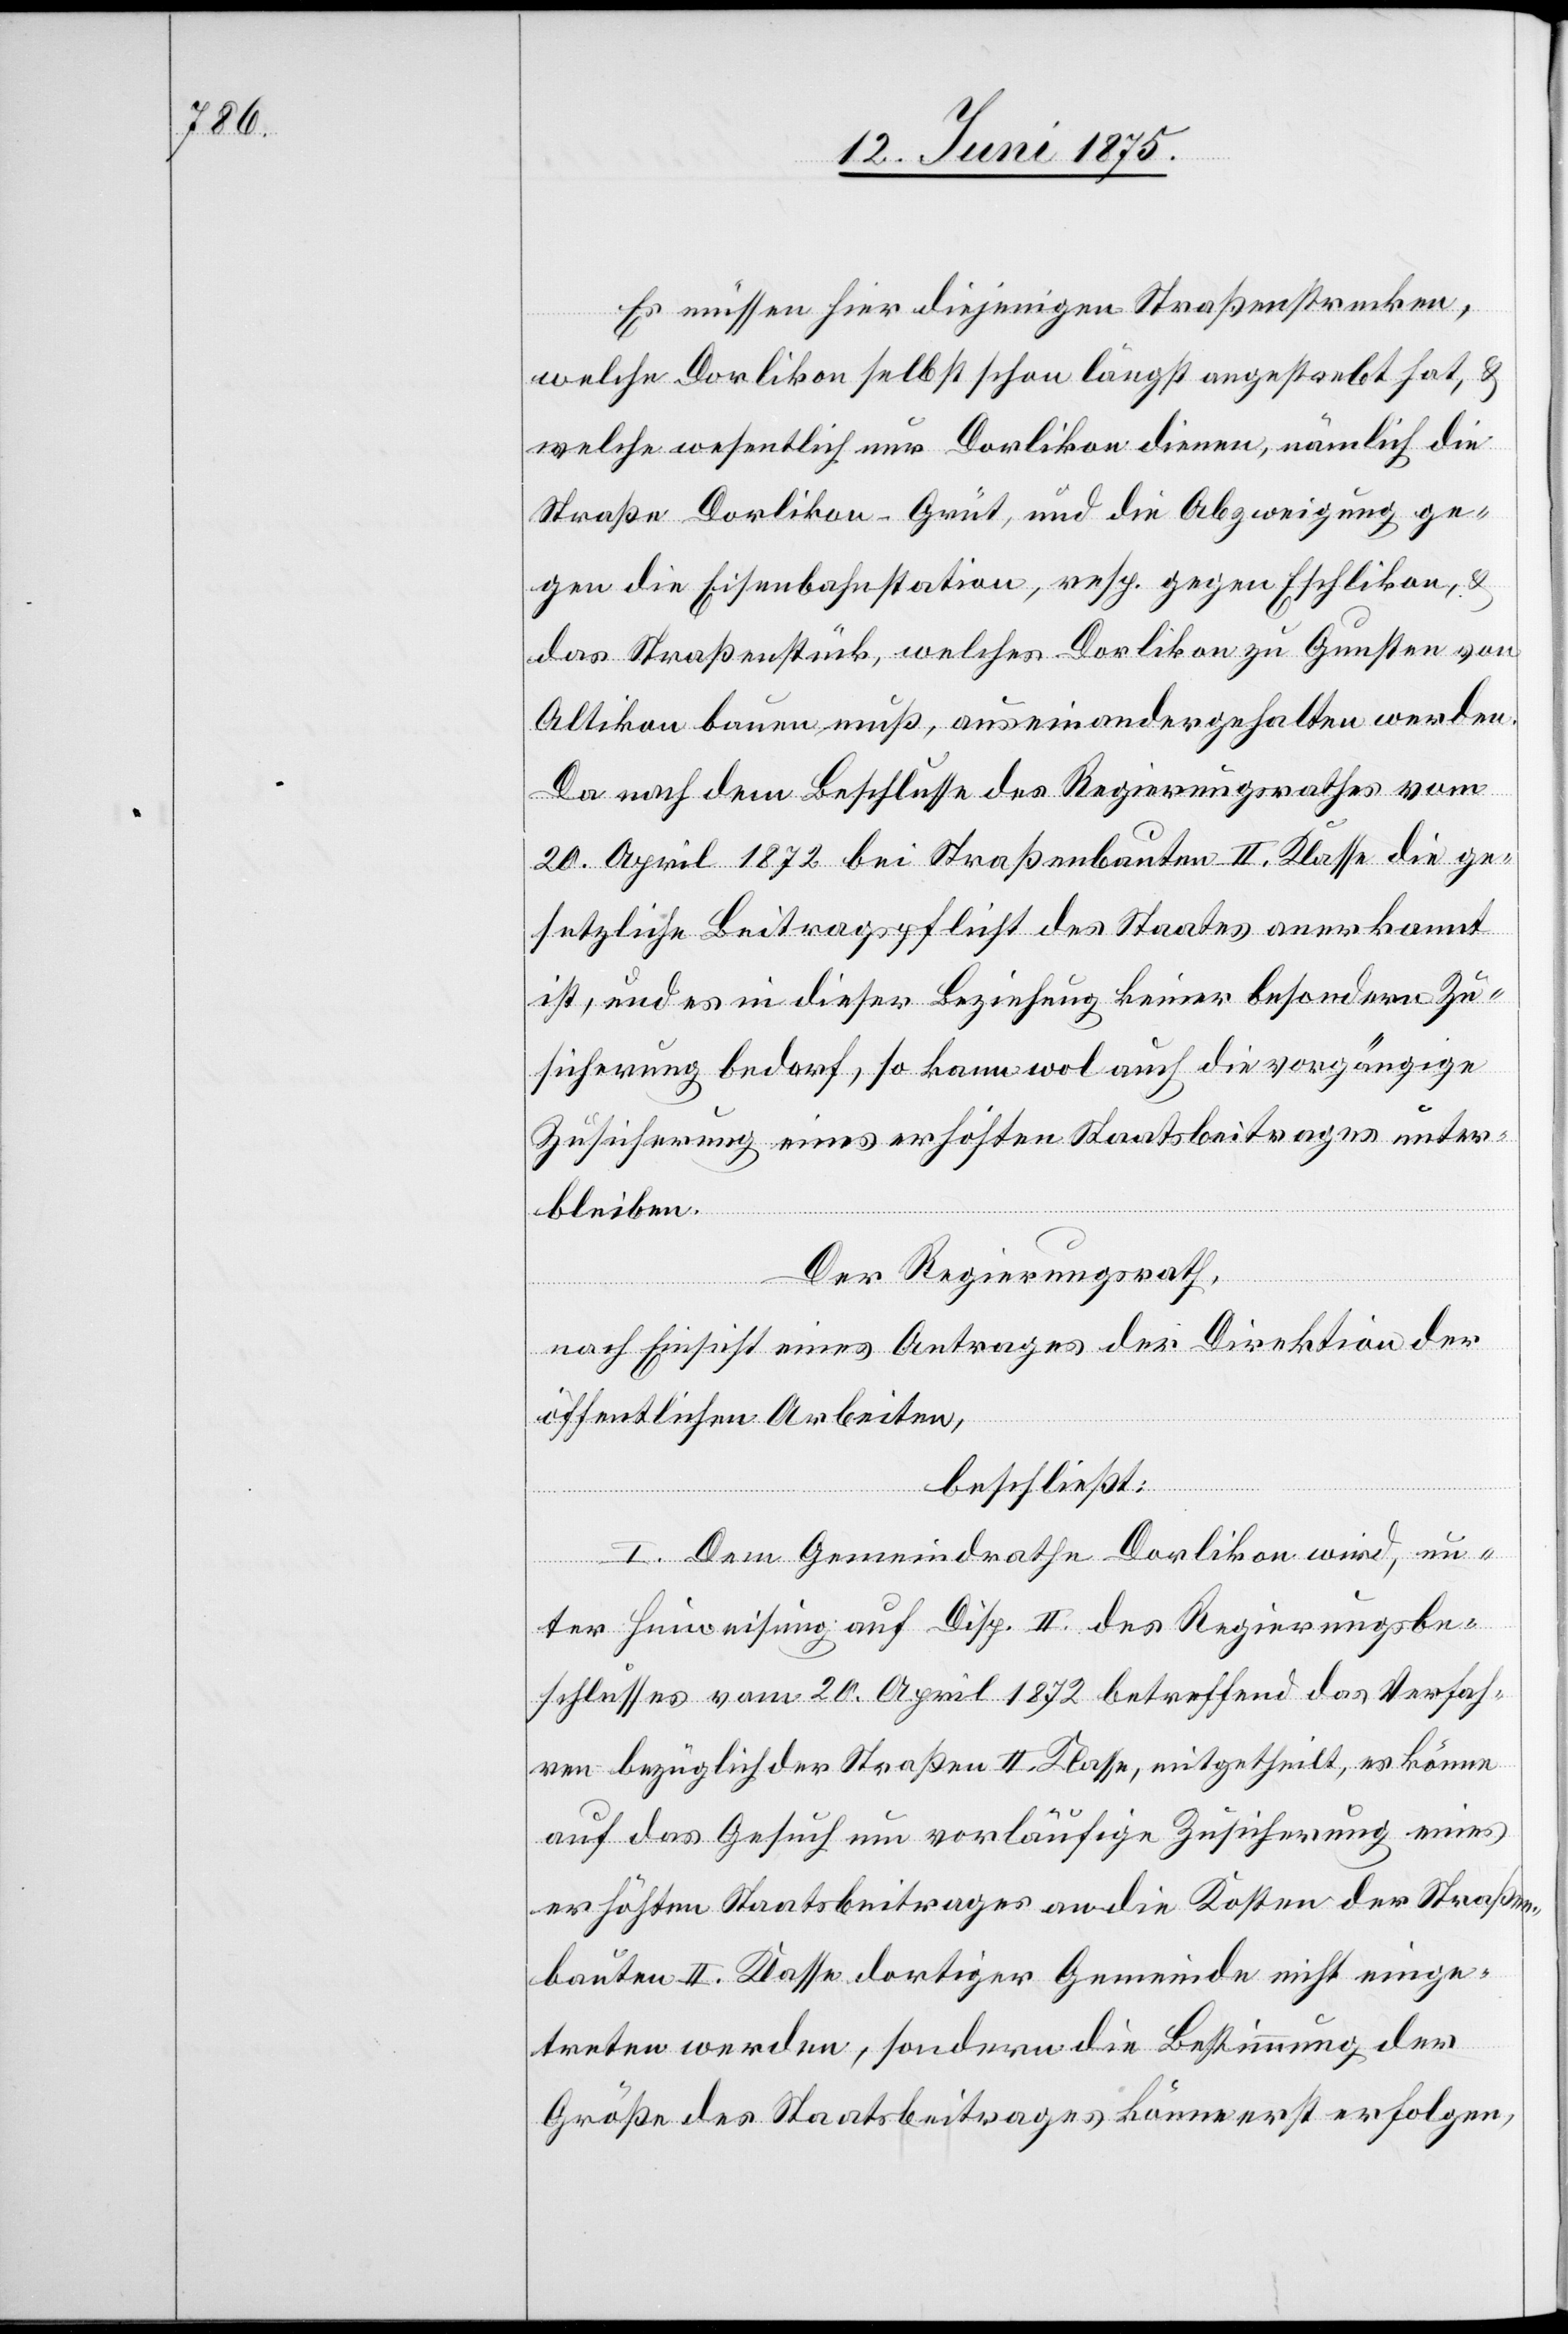
Es müssen hier diejenigen Straßenstrecken,
welche Dorlikon selbst schon längst angestrebt hat, &
welche wesentlich nur Dorlikon dienen, nämlich die
Straße Dorlikon–Grüt, und die Abzweigung ge¬
gen die Eisenbahnstation, resp. gegen Eschlikon, &
das Straßenstück, welches Dorlikon zu Gunsten von
Altikon bauen muß, auseinandergehalten werden.
Da nach dem Beschlusse des Regierungsrathes vom
20. April 1872 bei Straßenbauten II. Klasse die ge¬
setzliche Beitragspflicht des Staats anerkannt
ist, und es in dieser Beziehung keiner besondern Zu¬
sicherung bedarf, so kann wol auch die vorgängige
Zusicherung eines erhöhten Staatsbeitrages unter¬
bleiben.
Der Regierungsrath,
nach Einsicht eines Antrages der Direktion der
öffentlichen Arbeiten,
beschließt:
I. Dem Gemeindrathe Dorlikon wird, un¬
ter Hinweisung auf Disp. II. des Regierungsbe¬
schlusses vom 20. April 1872 betreffend das Verfah¬
ren bezüglich der Straßen II. Klasse, mitgetheilt, es könne
auf das Gesuch um vorläufige Zusicherung eines
erhöhten Staatsbeitrages an die Kosten der Straßen¬
bauten II. Klasse dortiger Gemeinde nicht einge¬
treten werden, sondern die Bestimmung der
Größe des Staatsbeitrages könne erst erfolgen,